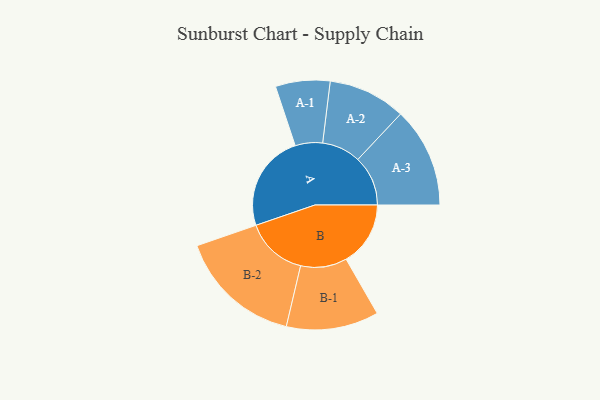
{"axis": {"x": "Segment", "y": "Value"}, "legend": ["", "A", "B"], "data": [{"x": "A", "y": 455, "type": ""}, {"x": "B", "y": 302, "type": ""}, {"x": "A-1", "y": 128, "type": "A"}, {"x": "A-2", "y": 182, "type": "A"}, {"x": "A-3", "y": 235, "type": "A"}, {"x": "B-1", "y": 217, "type": "B"}, {"x": "B-2", "y": 290, "type": "B"}]}